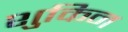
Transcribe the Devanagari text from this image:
शुकिन